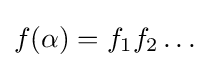
f(\alpha )=f_{1}f_{2}\ldots